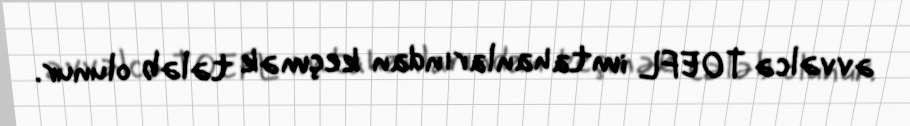
əvvəlcə TOEFL imtahanlarından keçmək tələb olunur.